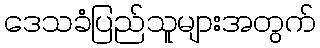
ဒေသခံပြည်သူများအတွက်